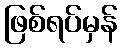
ဖြစ်ရပ်မှန်